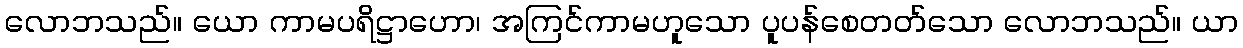
လောဘသည်။ ယော ကာမပရိဋ္ဌာဟော၊ အကြင်ကာမဟူသော ပူပန်စေတတ်သော လောဘသည်။ ယာ